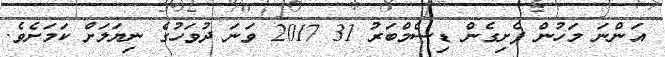
އަންނަ މަހުން ފެށިގެން ޑިސެމްބަރު 31 2017 ވަނަ ދުވަހުގެ ނިޔަލަށް ކަމަށެވެ.